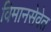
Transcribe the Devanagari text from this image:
विमानसेवेत